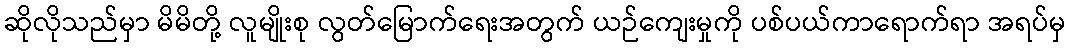
ဆိုလိုသည်မှာ မိမိတို့ လူမျိုးစု လွတ်မြောက်ရေးအတွက် ယဉ်ကျေးမှုကို ပစ်ပယ်ကာရောက်ရာ အရပ်မှ